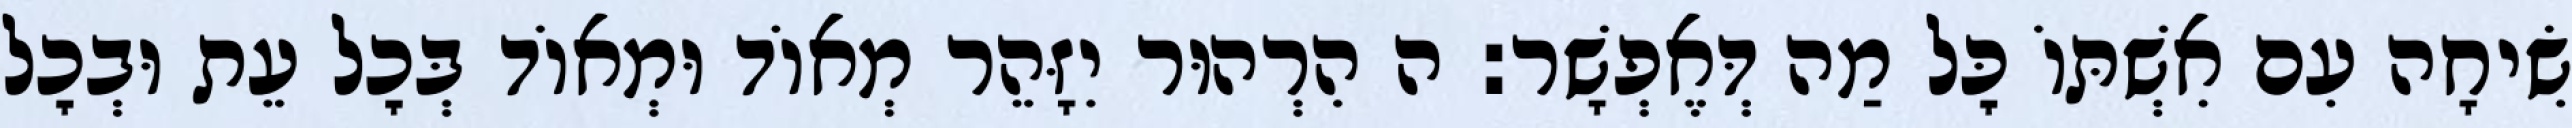
שִׂיחָה עִם אִשְׁתּוֹ כׇּל מַה דְּאֶפְשָׁר: ה הִרְהוּר יִזָּהֵר מְאוֹד וּמְאוֹד בְּכׇל עֵת וּבְכׇל